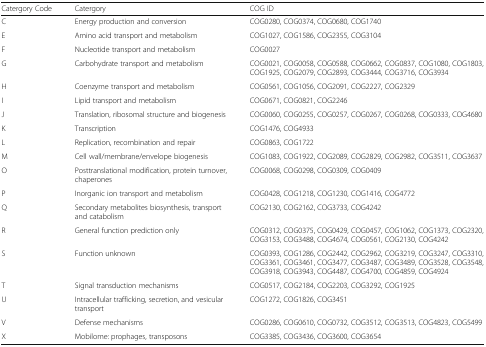
<table><thead><tr><td><b>Catergory Code</b></td><td><b>Catergory</b></td><td><b>COG ID</b></td></tr></thead><tbody><tr><td>C</td><td>Energy production and conversion</td><td>COG0280, COG0374, COG0680, COG1740</td></tr><tr><td>E</td><td>Amino acid transport and metabolism</td><td>COG1027, COG1586, COG2355, COG3104</td></tr><tr><td>F</td><td>Nucleotide transport and metabolism</td><td>COG0027</td></tr><tr><td>G</td><td>Carbohydrate transport and metabolism</td><td>COG0021, COG0058, COG0588, COG0662, COG0837, COG1080, COG1803, COG1925, COG2079, COG2893, COG3444, COG3716, COG3934</td></tr><tr><td>H</td><td>Coenzyme transport and metabolism</td><td>COG0561, COG1056, COG2091, COG2227, COG2329</td></tr><tr><td>I</td><td>Lipid transport and metabolism</td><td>COG0671, COG0821, COG2246</td></tr><tr><td>J</td><td>Translation, ribosomal structure and biogenesis</td><td>COG0060, COG0255, COG0257, COG0267, COG0268, COG0333, COG4680</td></tr><tr><td>K</td><td>Transcription</td><td>COG1476, COG4933</td></tr><tr><td>L</td><td>Replication, recombination and repair</td><td>COG0863, COG1722</td></tr><tr><td>M</td><td>Cell wall/membrane/envelope biogenesis</td><td>COG1083, COG1922, COG2089, COG2829, COG2982, COG3511, COG3637</td></tr><tr><td>O</td><td>Posttranslational modification, protein turnover, chaperones</td><td>COG0068, COG0298, COG0309, COG0409</td></tr><tr><td>P</td><td>Inorganic ion transport and metabolism</td><td>COG0428, COG1218, COG1230, COG1416, COG4772</td></tr><tr><td>Q</td><td>Secondary metabolites biosynthesis, transport and catabolism</td><td>COG2130, COG2162, COG3733, COG4242</td></tr><tr><td>R</td><td>General function prediction only</td><td>COG0312, COG0375, COG0429, COG0457, COG1062, COG1373, COG2320, COG3153, COG3488, COG4674, COG0561, COG2130, COG4242</td></tr><tr><td>S</td><td>Function unknown</td><td>COG0393, COG1286, COG2442, COG2962, COG3219, COG3247, COG3310, COG3361, COG3461, COG3477, COG3487, COG3489, COG3528, COG3548, COG3918, COG3943, COG4487, COG4700, COG4859, COG4924</td></tr><tr><td>T</td><td>Signal transduction mechanisms</td><td>COG0517, COG2184, COG2203, COG3292, COG1925</td></tr><tr><td>U</td><td>Intracellular trafficking, secretion, and vesicular transport</td><td>COG1272, COG1826, COG3451</td></tr><tr><td>V</td><td>Defense mechanisms</td><td>COG0286, COG0610, COG0732, COG3512, COG3513, COG4823, COG5499</td></tr><tr><td>X</td><td>Mobilome: prophages, transposons</td><td>COG3385, COG3436, COG3600, COG3654</td></tr></tbody></table>